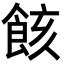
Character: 䬵